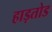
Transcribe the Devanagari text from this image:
हाड़तोड